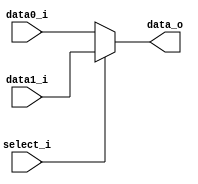

module MUX_2to1(
    data0_i,
    data1_i,
    select_i,
    data_o
    );

parameter size = 32;

//I/O ports
input   [size-1:0] data0_i;
input   [size-1:0] data1_i;
input              select_i;
output  [size-1:0] data_o;

//Internal Signals
reg     [size-1:0] data_o;
always @(*)
    begin
        if (select_i) begin
            data_o<=data1_i;
        end
        else begin
            data_o<=data0_i;
        end
    end

endmodule